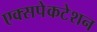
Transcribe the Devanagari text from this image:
एक्सपेकटेशन